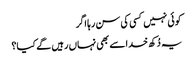
کوئی نہیں کسی کی سن رہا اگر
یہ دُکھ خدا سے بھی نہاں رہیں گے کیا؟